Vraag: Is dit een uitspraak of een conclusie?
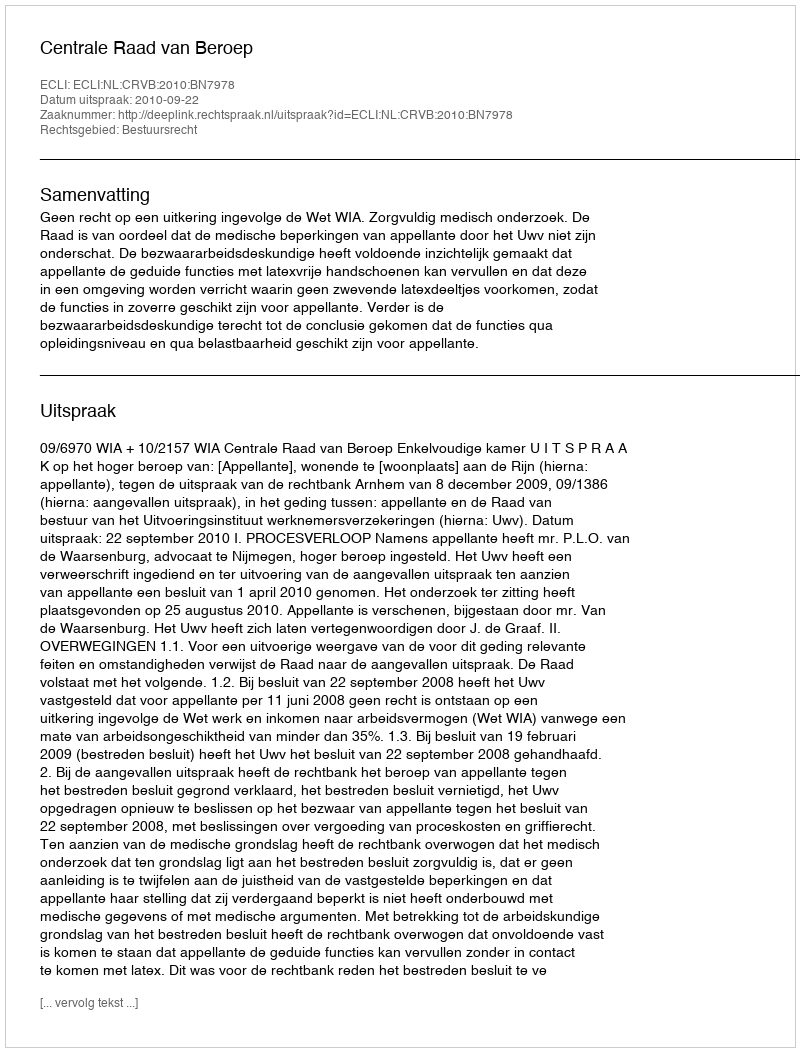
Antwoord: Uitspraak